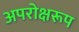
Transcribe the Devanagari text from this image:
अपरोक्षरूप